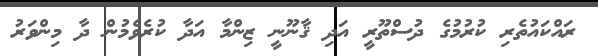
ރައްކައުތެރި ކުރުމުގެ ދުސްތޫރީ އަދި ޤާނޫނީ ޒިންމާ އަދާ ކުރެވެމުން ދާ މިންވަރު